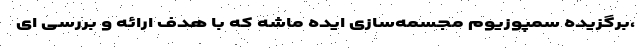
،برگزیده سمپوزیوم مجسمه‌سازی ایده ماشه که با هدف ارائه و بررسی ای